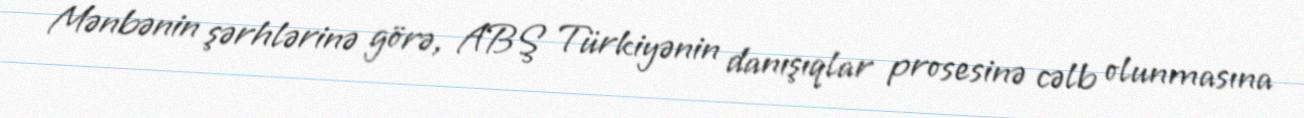
Mənbənin şərhlərinə görə, ABŞ Türkiyənin danışıqlar prosesinə cəlb olunmasına